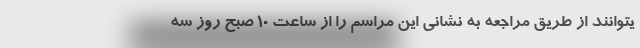
یتوانند از طریق مراجعه به نشانی این مراسم را از ساعت ۱۰ صبح روز سه